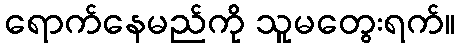
ရောက်နေမည်ကို သူမတွေးရက်။